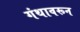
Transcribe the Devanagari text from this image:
गंथावरून